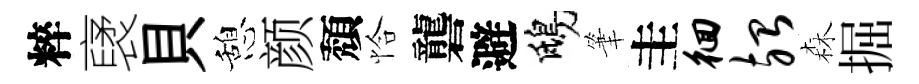
粹裦貝憩颜頽恰礱避鴟筆圭徊殆森掘